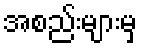
အစည်းများမှ